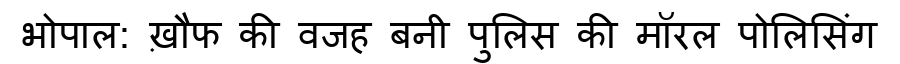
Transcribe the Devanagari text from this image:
भोपाल: ख़ौफ की वजह बनी पुलिस की मॉरल पोलिसिंग